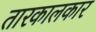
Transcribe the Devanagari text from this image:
तारकालकार